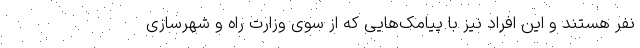
نفر هستند و این افراد نیز با پیامک‌هایی که از سوی وزارت راه و شهرسازی